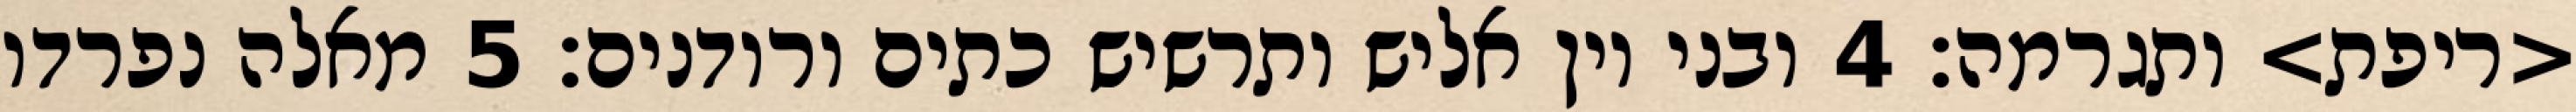
<ריפת> ותגרמה׃ ‎4‏ ובני יון אליש ותרשיש כתים ורודנים׃ ‎5‏ מאלה נפרדו